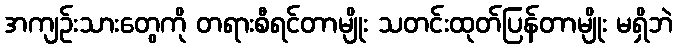
အကျဉ်းသားတွေကို တရားစီရင်တာမျိုး သတင်းထုတ်ပြန်တာမျိုး မရှိဘဲ